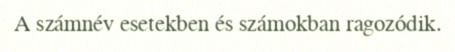
A számnév esetekben és számokban ragozódik.